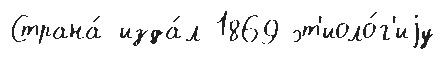
Страна́ изда́л 1869 эт'иоло́г'иjу